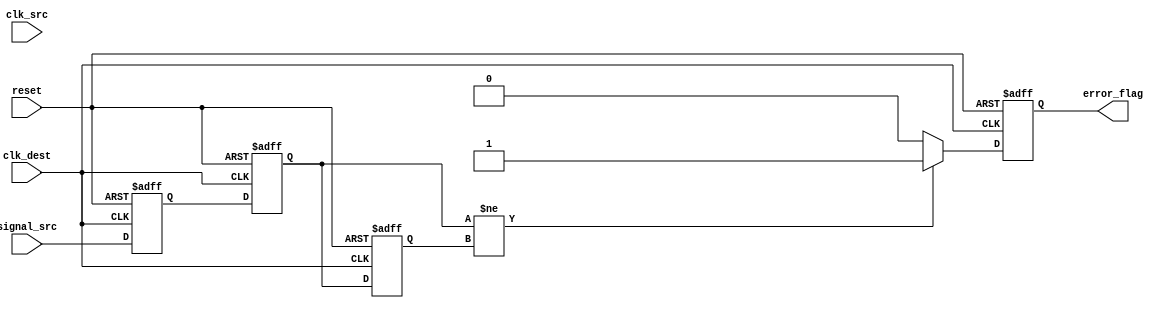
module cdc_detector (
    input wire clk_src,         // Source clock
    input wire clk_dest,        // Destination clock
    input wire reset,           // Asynchronous reset
    input wire signal_src,      // Signal from the source clock domain
    output reg error_flag       // Error flag for detected transitions
);

    // Synchronizer registers
    reg signal_sync_1;          // First stage of the synchronizer
    reg signal_sync_2;          // Second stage of the synchronizer

    // Previous state of the synchronized signal for edge detection
    reg signal_prev;

    // Synchronous process for the destination clock domain
    always @(posedge clk_dest or posedge reset) begin
        if (reset) begin
            signal_sync_1 <= 1'b0;
            signal_sync_2 <= 1'b0;
            error_flag <= 1'b0;
            signal_prev <= 1'b0;
        end else begin
            // Synchronize the input signal to the destination clock domain
            signal_sync_1 <= signal_src;
            signal_sync_2 <= signal_sync_1;
            
            // Edge detection logic
            if (signal_sync_2 != signal_prev) begin
                error_flag <= 1'b1; // Transition detected
            end else begin
                error_flag <= 1'b0; // No transition
            end
            
            // Store the current state for the next edge detection
            signal_prev <= signal_sync_2;
        end
    end

endmodule